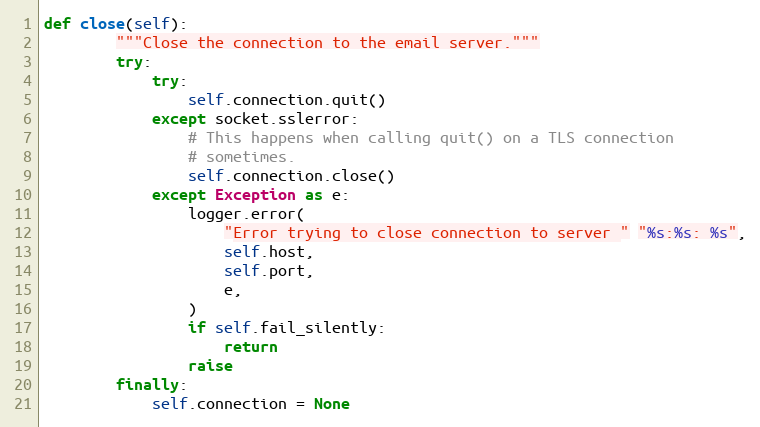
Language: Python
def close(self):
        """Close the connection to the email server."""
        try:
            try:
                self.connection.quit()
            except socket.sslerror:
                # This happens when calling quit() on a TLS connection
                # sometimes.
                self.connection.close()
            except Exception as e:
                logger.error(
                    "Error trying to close connection to server " "%s:%s: %s",
                    self.host,
                    self.port,
                    e,
                )
                if self.fail_silently:
                    return
                raise
        finally:
            self.connection = None